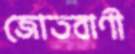
জোতবাণী